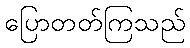
ပြောတတ်ကြသည်